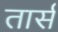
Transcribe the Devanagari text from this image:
तार्स